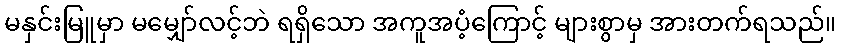
မနှင်းမြူမှာ မမျှော်လင့်ဘဲ ရရှိသော အကူအပံ့ကြောင့် များစွာမှ အားတက်ရသည်။